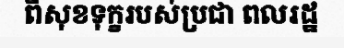
ពីសុខទុក្ខរបស់ប្រជា ពលរដ្ឋ